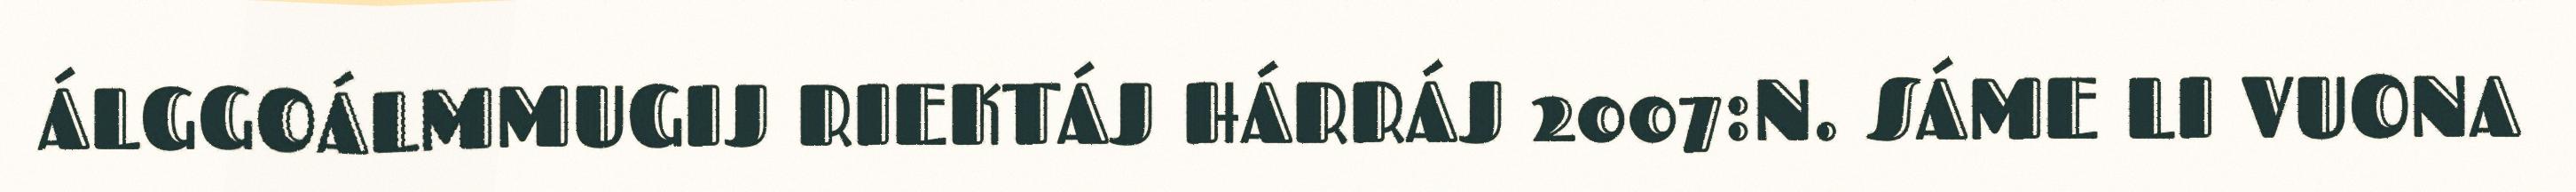
ÁLGGOÁLMMUGIJ RIEKTÁJ HÁRRÁJ 2007:N. SÁME LI VUONA